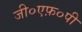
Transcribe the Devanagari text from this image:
जी०एफ़०पी